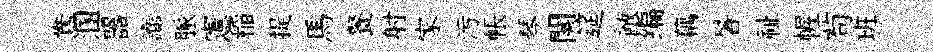
鴦溷器讟脈憲稲提馬餐射家污帳琴闋筵敵编藕暑祉幄茍班